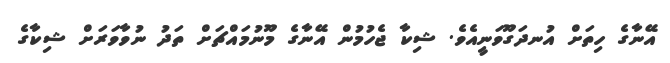
އޭނާގެ ހިތަށް އުނދަގޫވަނީއެވެ. ޝިކާ ޖެހުމުން އޭނާގެ މޫނުމައްޗަށް ތަދު ނުވާވަރަށް ޝިކާގެ